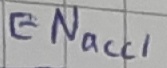
Text: ENacc1